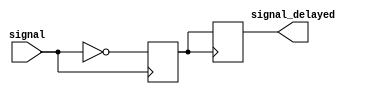
module inverter_delay (
    input signal,
    output signal_delayed
);

reg delayed_signal;

// Timing control block
always @(posedge signal) begin
    #1 delayed_signal <= ~signal;
end

// Synchronization block
always @(posedge delayed_signal) begin
    signal_delayed <= delayed_signal;
end

endmodule